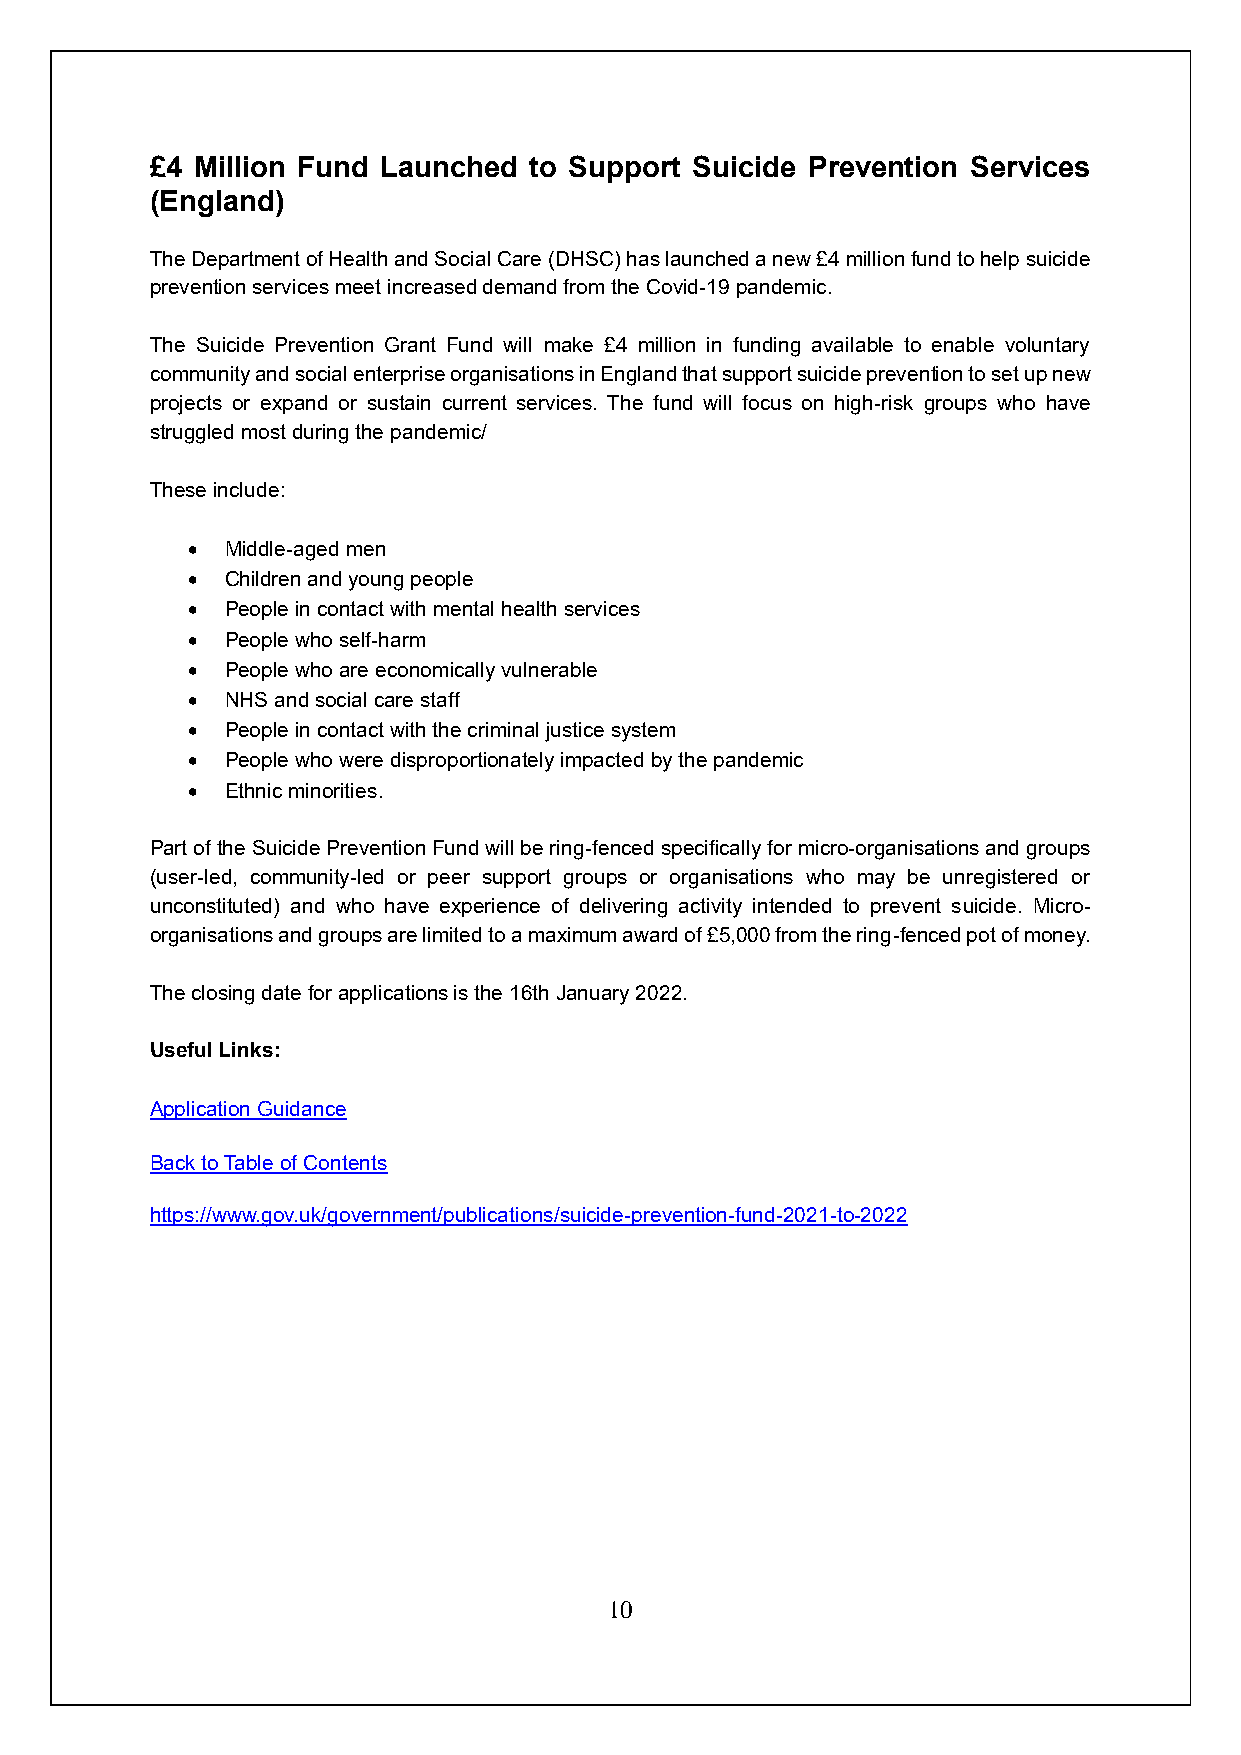
£4 Million Fund Launched to Support Suicide Prevention Services
 (England)
 The Department of Health and Social Care (DHSC) has launched a new £4 million fund to help suicide
 prevention services meet increased demand from the Covid-19 pandemic.
 The Suicide Prevention Grant Fund will make £4 million in funding available to enable voluntary
 community and social enterprise organisations in England that support suicide prevention to set up new
 projects or expand or sustain current services. The fund will focus on high-risk groups who have
 struggled most during the pandemic/
 These include:
 •  Middle-aged men
 •  Children and young people
 •  People in contact with mental health services
 •  People who self-harm
 •  People who are economically vulnerable
 •  NHS and social care staff
 •  People in contact with the criminal justice system
 •  People who were disproportionately impacted by the pandemic
 •  Ethnic minorities.
 Part of the Suicide Prevention Fund will be ring-fenced specifically for micro-organisations and groups
 (user-led, community-led or peer support groups or organisations who may be unregistered or
 unconstituted) and who have experience of delivering activity intended to prevent suicide. Micro-
 organisations and groups are limited to a maximum award of £5,000 from the ring-fenced pot of money.
 The closing date for applications is the 16th January 2022.
 Useful Links:
 Application Guidance
 Back to Table of Contents
 https://www.gov.uk/government/publications/suicide-prevention-fund-2021-to-2022
 10